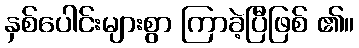
နှစ်ပေါင်းများစွာ ကြာခဲ့ပြီဖြစ် ၏။